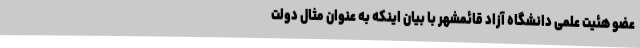
عضو هئیت علمی دانشگاه آزاد قائمشهر با بیان اینکه به عنوان مثال دولت